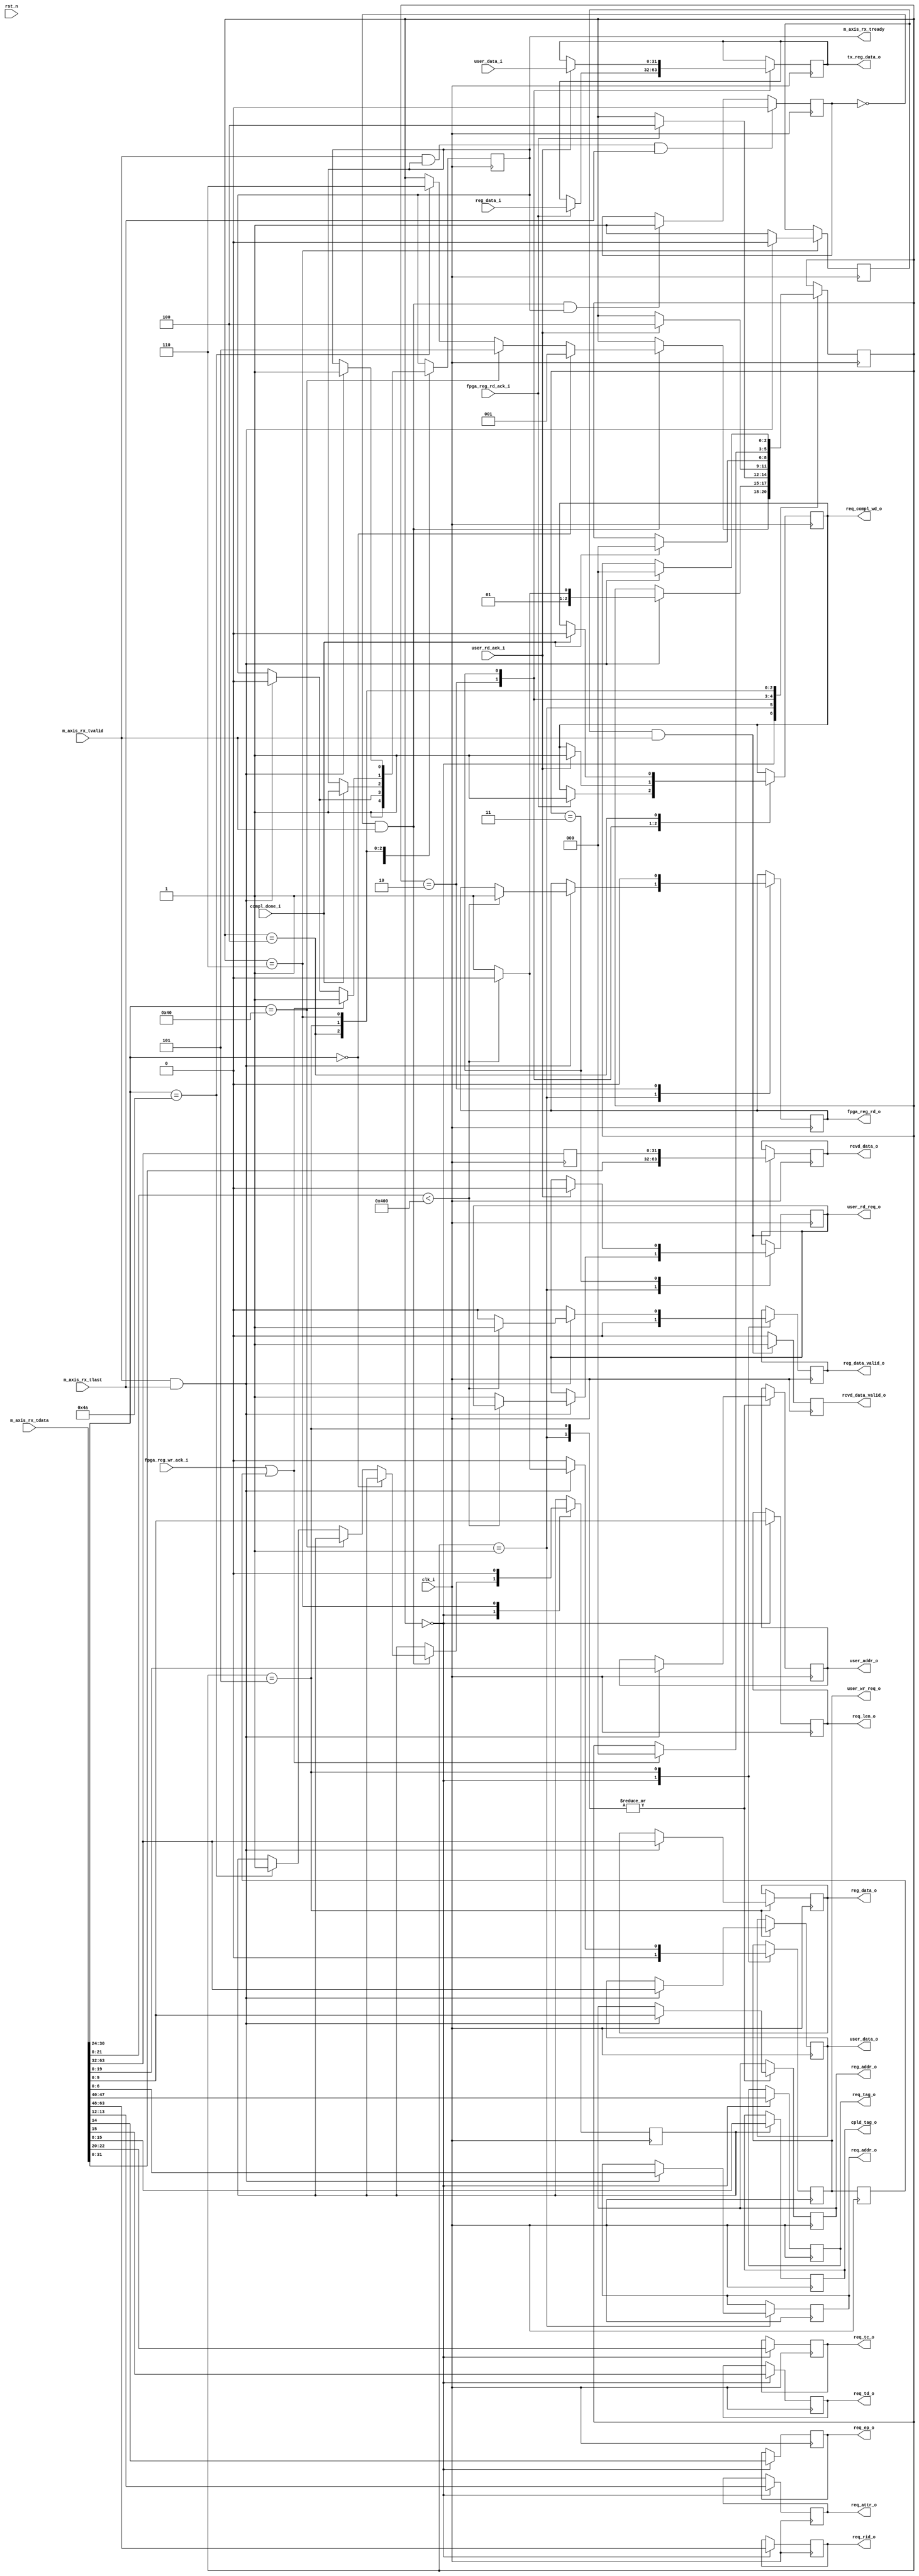
//--------------------------------------------------------------------------------
// Project    : SWITCH
// Version    : 0.1
//
// Description: 64 bit PCIe transaction layer receive unit
//
//--------------------------------------------------------------------------------

`timescale 1ns/1ns

module rx_engine  #(
  parameter C_DATA_WIDTH = 64,                                    // RX interface data width
  parameter FPGA_ADDR_MAX = 'h400
) (
  input                         clk_i,                           // 250Mhz clock from PCIe core
  input                         rst_n,                           // Active low reset
  // AXI-S
  input  [C_DATA_WIDTH-1:0]     m_axis_rx_tdata,
  input                         m_axis_rx_tlast,
  input                         m_axis_rx_tvalid,
  output reg                    m_axis_rx_tready,
  //Tx engine
  input                         compl_done_i,                    // Tx engine indicating completion packet is sent
  output reg                    req_compl_wd_o,                  // Request Tx engine for completion packet transmission 
  output reg [31:0]             tx_reg_data_o,                   // Data for completion packet              
  output reg [2:0]              req_tc_o,                        // Memory Read TC
  output reg                    req_td_o,                        // Memory Read TD
  output reg                    req_ep_o,                        // Memory Read EP
  output reg [1:0]              req_attr_o,                      // Memory Read Attribute
  output reg [9:0]              req_len_o,                       // Memory Read Length (1DW)
  output reg [15:0]             req_rid_o,                       // Memory Read Requestor ID
  output reg [7:0]              req_tag_o,                       // Memory Read Tag
  output reg [6:0]              req_addr_o,                      // Memory Read Address
  //Register file
  output reg [31:0]             reg_data_o,                      // Write data to register
  output reg                    reg_data_valid_o,                // Register write data is valid
  output reg [9:0]              reg_addr_o,                      // Register address
  input                         fpga_reg_wr_ack_i,               // Register write acknowledge
  output reg                    fpga_reg_rd_o,                   // Register read enable
  input      [31:0]             reg_data_i,                      // Register read data
  input                         fpga_reg_rd_ack_i,               // Register read acknowledge
  output reg [7:0]              cpld_tag_o,
  //User interface
  output reg [31:0]             user_data_o,                     // User write data
  output reg [19:0]             user_addr_o,                     // User address
  output reg                    user_wr_req_o,                   // User write request
  //input                       user_wr_ack_i,                   // User write acknowledge
  input      [31:0]             user_data_i,                     // User read data
  input                         user_rd_ack_i,                   // User read acknowledge 
  output reg                    user_rd_req_o,                   // User read request
  //DDR interface
  output reg [63:0]             rcvd_data_o,                     // Memory ready completion data after DMA read request
  output reg                    rcvd_data_valid_o                // Completion data is valid
);

    // Local Registers
    wire               sop;
    reg [2:0]          state;
	reg                in_packet_q;
    reg [31:0]         rx_tdata_p;
    reg                rcv_data;
	reg                lock_tag;
	reg                user_wr_ack;
	 
    // State Machine state declaration
	localparam IDLE           = 'd0,
	           SEND_DATA      = 'd1,
               WAIT_FPGA_DATA = 'd2,
               WAIT_USR_DATA  = 'd3,
               WAIT_TX_ACK    = 'd4,
               WR_DATA        = 'd5,
               RX_DATA        = 'd6;
					
    // TLP packet type encoding
	localparam MEM_RD = 7'b0000000,
               MEM_WR = 7'b1000000,
               CPLD   = 7'b1001010;
					
    assign sop            = !in_packet_q && m_axis_rx_tvalid; //start of a new packet

    // Generate a signal that indicates if we are currently receiving a packet.
    // This value is one clock cycle delayed from what is actually on the AXIS
    // data bus.
    always@(posedge clk_i)
    begin
      if (m_axis_rx_tvalid && m_axis_rx_tready && m_axis_rx_tlast)
        in_packet_q <= 1'b0;
      else if (sop && m_axis_rx_tready)
        in_packet_q <= 1'b1;
    end
	 
	initial
	begin
	    m_axis_rx_tready <=  1'b0;
        req_compl_wd_o   <=  1'b0;
        state            <=  IDLE;
        user_rd_req_o    <=  1'b0;
        user_wr_req_o    <=  1'b0;
        rcv_data         <=  1'b0;
        fpga_reg_rd_o    <=  1'b0;
        reg_data_valid_o <=  1'b0;
        in_packet_q <= 1'b0;
	end

   					
    //The receive state machine
    always @ ( posedge clk_i ) 
    begin
            case (state)
                IDLE : begin
                    m_axis_rx_tready <=  1'b1;                  // Indicate ready to accept TLPs
                    reg_data_valid_o <=  1'b0;
					user_wr_req_o    <=  1'b0;
					req_len_o        <=  m_axis_rx_tdata[9:0];  // Place the packet info on the bus for Tx engine
                    req_attr_o       <=  m_axis_rx_tdata[13:12];
                    req_ep_o         <=  m_axis_rx_tdata[14];
                    req_td_o         <=  m_axis_rx_tdata[15];
                    req_tc_o         <=  m_axis_rx_tdata[22:20];
                    req_rid_o        <=  m_axis_rx_tdata[63:48];
                    req_tag_o        <=  m_axis_rx_tdata[47:40];
                    if (sop) 
                    begin                                       // Valid data on the bus
						if(m_axis_rx_tdata[30:24] == MEM_RD)      // If memory ready request
                            state    <=  SEND_DATA;
					    else if(m_axis_rx_tdata[30:24] == MEM_WR) // If memory write request	 
						    state    <=  WR_DATA; 
                        else if(m_axis_rx_tdata[30:24] == CPLD)   // If completion packet
						begin
                            state    <=  RX_DATA;
							lock_tag <=  1'b1;
						end	
                    end
                end
                SEND_DATA: begin
                    if (m_axis_rx_tvalid && m_axis_rx_tlast)
                    begin
                        req_addr_o         <=  m_axis_rx_tdata[6:0];
                        m_axis_rx_tready   <=  1'b0;              // Block further TLPs until the requested data is sent by Tx engine
                        user_addr_o        <=  m_axis_rx_tdata[19:0];
                        reg_addr_o         <=  m_axis_rx_tdata[9:0];
                        if(m_axis_rx_tdata[21:0] < FPGA_ADDR_MAX) //Check 22 bits since PCIe bar0 is for 4M
                        begin
                            state         <=  WAIT_FPGA_DATA; 
                            fpga_reg_rd_o <=  1'b1;   
                        end
                        else
                        begin
                           state         <=  WAIT_USR_DATA;
                           user_rd_req_o <=  1'b1;
                        end
                    end
                end
                WAIT_FPGA_DATA:begin
					fpga_reg_rd_o    <=  1'b0; 
                    if(fpga_reg_rd_ack_i)
                    begin 
                        req_compl_wd_o   <=  1'b1;        //Request Tx engine to send data
                        tx_reg_data_o    <=  reg_data_i;
                        state            <=  WAIT_TX_ACK; //Wait for ack from Tx engine for data sent
                    end
                end
                WAIT_USR_DATA:begin
                    if(user_rd_ack_i)
                    begin
                        user_rd_req_o  <=  1'b0;
                        req_compl_wd_o <=  1'b1;
                        tx_reg_data_o  <=  user_data_i;
                        state          <=  WAIT_TX_ACK;
                    end
                end
                WAIT_TX_ACK: begin
                    if(compl_done_i)
                    begin
                       state            <=  IDLE;
                       req_compl_wd_o   <=  1'b0;
							  m_axis_rx_tready <=  1'b1;
                    end
                end
				WR_DATA:begin
                    reg_data_valid_o <=   1'b0;
                    user_wr_req_o    <=   1'b0;
                    if (m_axis_rx_tvalid && m_axis_rx_tlast)
                    begin
						m_axis_rx_tready <=  1'b0;
                        reg_data_o       <=   m_axis_rx_tdata[63:32];
                        reg_addr_o       <=   m_axis_rx_tdata[9:0];
                        user_data_o      <=   m_axis_rx_tdata[63:32];
                        user_addr_o      <=   m_axis_rx_tdata[19:0];
                        if(m_axis_rx_tdata[21:0] < FPGA_ADDR_MAX)  // If the data is intended for global registers
                        begin  
                            reg_data_valid_o <=   1'b1;    
                        end
                        else
                        begin
                            user_wr_req_o    <=   1'b1;
                        end
                    end
                    if (fpga_reg_wr_ack_i | user_wr_ack)
                    begin
                        state            <=   IDLE;   
                        m_axis_rx_tready <=   1'b1;								
                    end
				end
            RX_DATA:begin
				lock_tag <= 1'b0;
                if(m_axis_rx_tvalid && m_axis_rx_tlast)
                begin
                    rcv_data  <=  1'b0;
                    state     <=  IDLE;
					m_axis_rx_tready <=  1'b1;
                end
                else
                    rcv_data  <=  1'b1;
            end
            endcase
    end

    //Packing data from the received completion packet. Required since the TLP header is 3 DWORDs.
    always @(posedge clk_i)
    begin
        rx_tdata_p <= m_axis_rx_tdata[63:32];
		user_wr_ack <= user_wr_req_o;
        if(rcv_data & m_axis_rx_tvalid)
        begin
            rcvd_data_valid_o <= 1'b1;   
            rcvd_data_o       <= {m_axis_rx_tdata[31:0],rx_tdata_p};
        end
        else
            rcvd_data_valid_o <= 1'b0;
    end
	 
	always @(posedge clk_i)
	begin
	    if(lock_tag)
	       cpld_tag_o <= m_axis_rx_tdata[15:8];
	end

endmodule